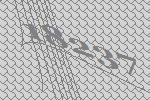
18237